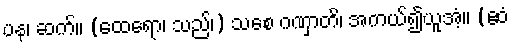
ပန၊ ဆက်။ (ထေရော၊ သည်၊) သစေ ဂဏှာတိ၊ အကယ်၍ယူအံ့။ (ဧဝံ